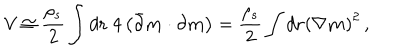
{ \cal V } \cong { \frac { \rho _ { s } } { 2 } } \int d { \bf r } ~ 4 \left( \bar { \partial } { \bf m } \cdot { \partial } { \bf m } \right) = { \frac { \rho _ { s } } { 2 } } \int d { \bf r } \left( \nabla { \bf m } \right) ^ { 2 } \, ,